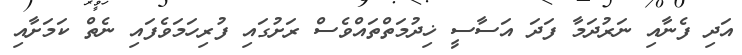
އަދި ފެނާއި ނަރުދަމާ ފަދަ އަސާސީ ޚިދުމަތްތައްވެސް ރަށުގައި ފުރިހަމަވެފައި ނެތް ކަމަށާއި